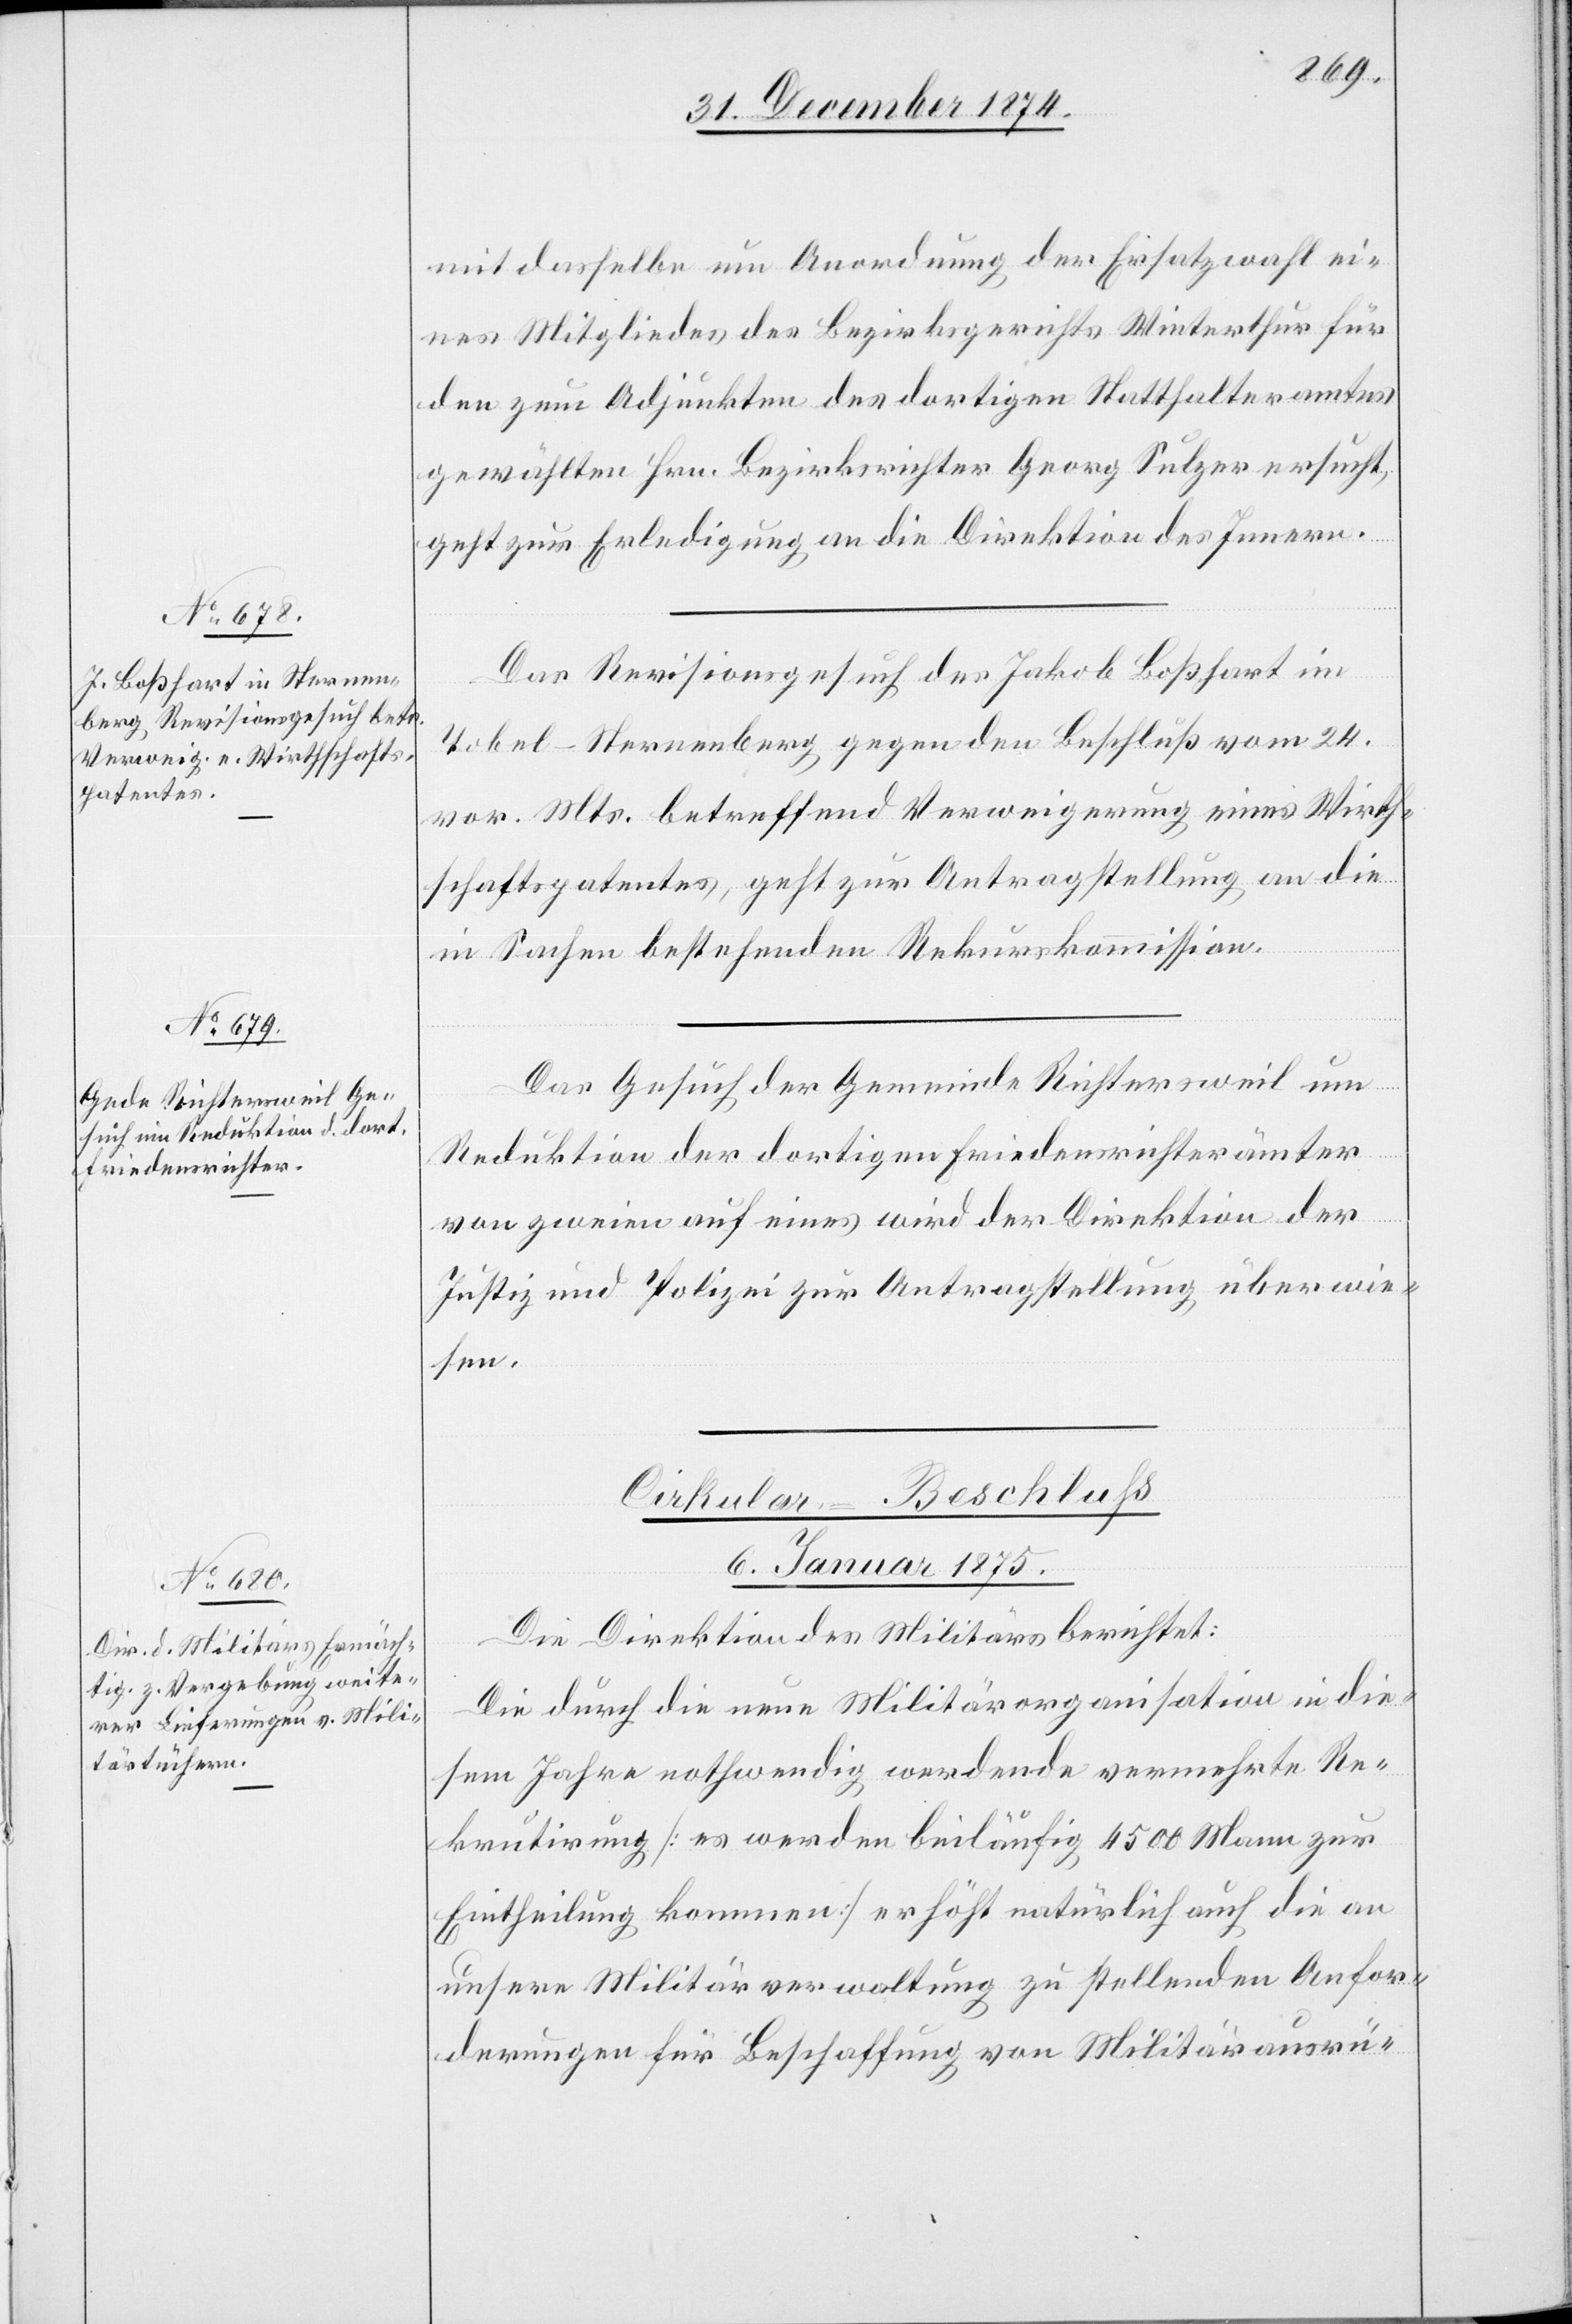
mit dasselbe um Anordnung der Ersatzwahl ei¬
nes Mitgliedes des Bezirksgerichts Winterthur für
den zum Adjunkten des dortigen Statthalteramtes
gewählten Hrn. Bezirksrichter Georg Sulzer ersucht,
geht zur Erledigung an die Direktion des Innern.
Das Revisionsgesuch des Jakob Boßhart im
Tobel - Sternenberg gegen den Beschluß vom 24.
vor. Mts. betreffend Verweigerung eines Wirth¬
schaftspatentes, geht zur Antragstellung an die
in Sachen bestehenden Rekurskommission.
Das Gesuch der Gemeinde Richtersweil um
Reduktion der dortigen Friedensrichterämter
von zweien auf eines wird der Direktion der
Justiz und Polizei zur Antragstellung überwie¬
sen.
Cirkular-Beschluß
6. Januar 1875.
Die Direktion des Militärs berichtet:
Die durch die neue Militärorganisation in die¬
sem Jahre nothwendig werdende vermehrte Re¬
krutirung [es werden beiläufig 4500 Mann zur
Eintheilung kommen] erhöht natürlich auch die an
unsere Militärverwaltung zu stellenden Anfor¬
derungen für Beschaffung von Militärausrü-